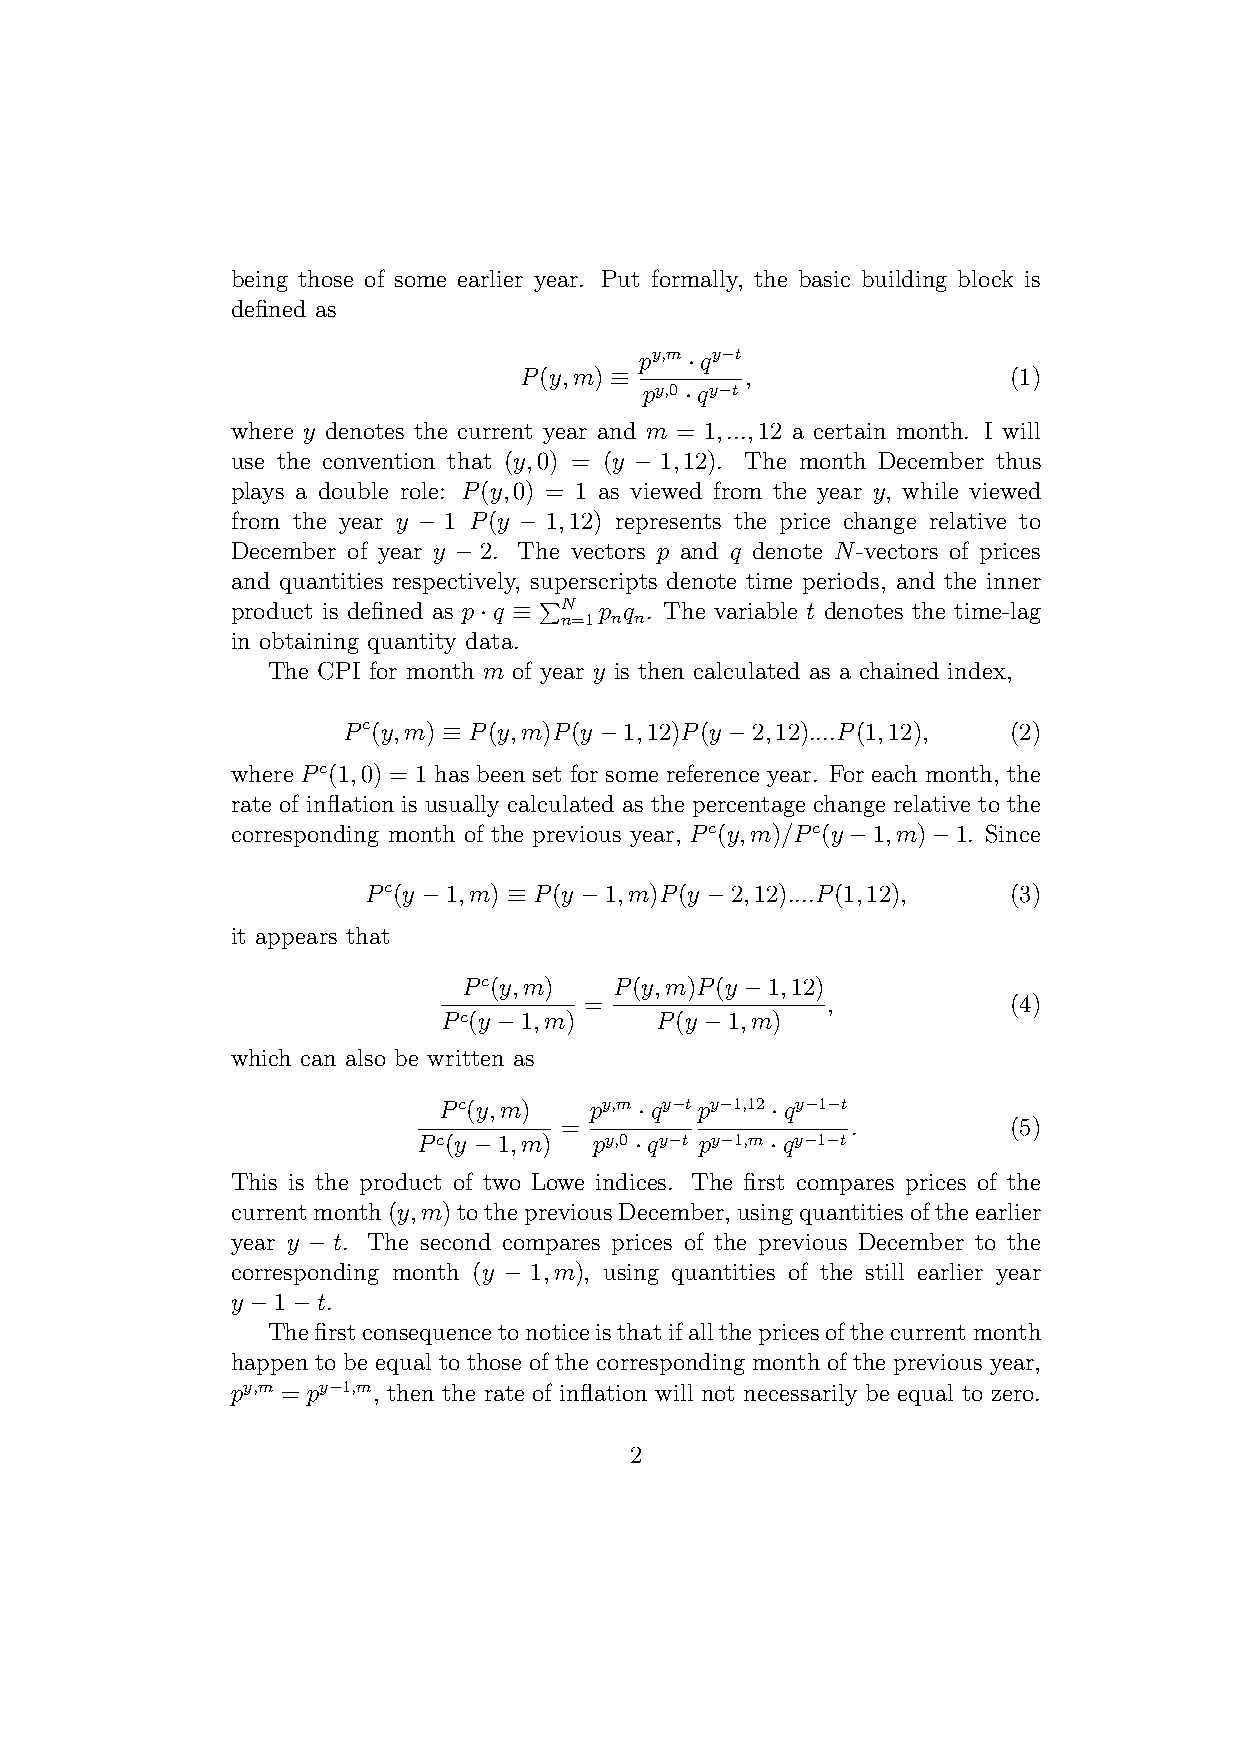
being those of some earlier year. Put formally, the basic building block is
 defined as
 py,m ·qy−t
 P(y,m) ≡       ,                 (1)
 py,0 ·qy−t
 where y denotes the current year and m = 1,...,12 a certain month. I will
 use the convention that (y,0) = (y − 1,12). The month December thus
 plays a double role: P(y,0) = 1 as viewed from the year y, while viewed
 from the year y − 1 P(y − 1,12) represents the price change relative to
 December of year y − 2. The vectors p and q denote N-vectors of prices
 and quantities respectively, superscripts denote time periods, and the inner
 product is defined as p·q ≡ PN p q . The variable t denotes the time-lag
 n=1 n n
 in obtaining quantity data.
 The CPI for month m of year y is then calculated as a chained index,
 Pc(y,m) ≡ P(y,m)P(y −1,12)P(y −2,12)....P(1,12), (2)
 where Pc(1,0) = 1 has been set for some reference year. For each month, the
 rate of inflation is usually calculated as the percentage change relative to the
 corresponding month of the previous year, Pc(y,m)/Pc(y−1,m)−1. Since
 Pc(y −1,m) ≡ P(y −1,m)P(y −2,12)....P(1,12), (3)
 it appears that
 Pc(y,m)   P(y,m)P(y −1,12)
 =               ,           (4)
 Pc(y −1,m)    P(y −1,m)
 which can also be written as
 Pc(y,m)   py,m ·qy−tpy−1,12 ·qy−1−t
 =                  .          (5)
 Pc(y −1,m) py,0 ·qy−t py−1,m ·qy−1−t
 This is the product of two Lowe indices. The first compares prices of the
 currentmonth(y,m)tothepreviousDecember,usingquantitiesoftheearlier
 year y − t. The second compares prices of the previous December to the
 corresponding month (y − 1,m), using quantities of the still earlier year
 y −1−t.
 Thefirstconsequencetonoticeisthatifallthepricesofthecurrentmonth
 happen to be equal to those of the corresponding month of the previous year,
 py,m = py−1,m, then the rate of inflation will not necessarily be equal to zero.
 2